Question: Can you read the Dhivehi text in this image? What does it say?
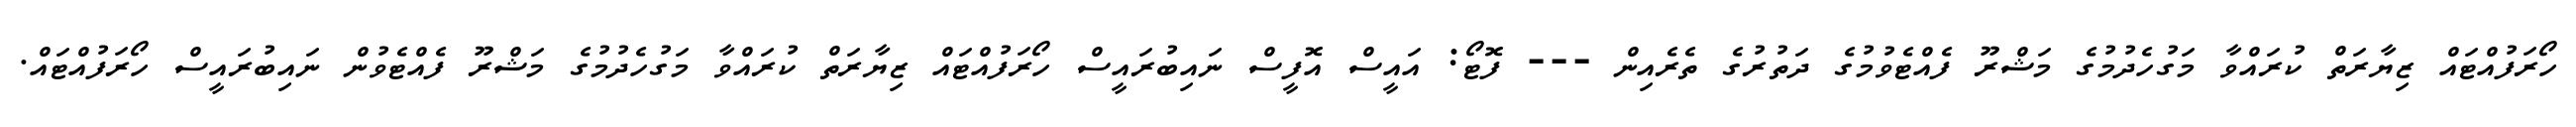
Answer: ހޯރަފުއްޓައް ޒިޔާރަތް ކުރައްވާ މަގުހެދުމުގެ މަޝްރޫ ފެއްޓެވުމުގެ ދަތުރުގެ ތެރެއިން --- ފޮޓޯ: އައީސް އޮފީސް ނައިބުރައީސް ހޯރަފުއްޓައް ޒިޔާރަތް ކުރައްވާ މަގުހެދުމުގެ މަޝްރޫ ފެއްޓެވުން ނައިބުރައީސް ހޯރަފުއްޓައް.